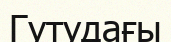
Гутудағы